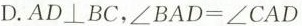
D.$$AD \perp BC$$，$$\angle BAD=\angle CAD$$